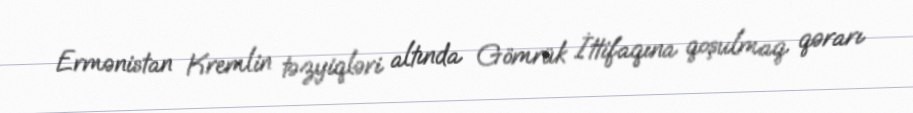
Ermənistan Kremlin təzyiqləri altında Gömrük İttifaqına qoşulmaq qərarı